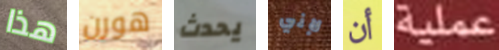
هذا هورن يحدث لإني أن عملية